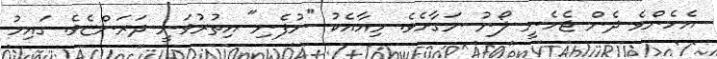
އެހެންވެ ދެން ޖެހެނީ ލޯނު ނަގާށެވެ. މިއާއެކު "ނުފެނި" އިތުރުވަނީ ދަރަންޏެވެ. ގައިމު